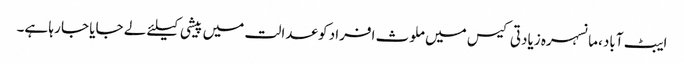
ایبٹ آباد، مانسہرہ زیادتی کیس میں ملوث افراد کو عدالت میں پیشی کیلئے لے جایا جا رہا ہے۔